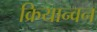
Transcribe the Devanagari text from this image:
क्रियान्‍वन